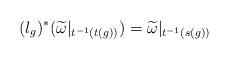
LaTeX: \begin{align*}(l_g)^\ast(\widetilde{\omega}|_{t^{-1}(t(g))})=\widetilde{\omega}|_{t^{-1}(s(g))}\end{align*}